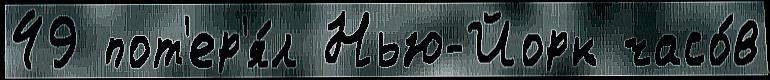
49 пот'ер'я́л Нью-Йорк часо́в